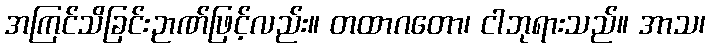
အကြင်သိခြင်းဉာဏ်ဖြင့်လည်း။ တထာဂတော၊ ငါဘုရားသည်။ အာသ၊